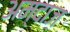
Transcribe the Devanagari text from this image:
अम्दाज़